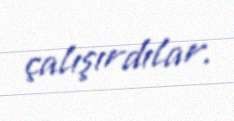
çalışırdılar.